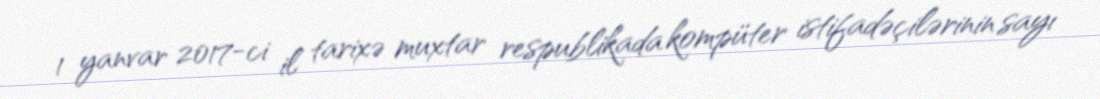
1 yanvar 2017-ci il tarixə muxtar respublikada kompüter istifadəçilərinin sayı